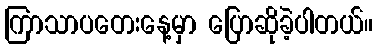
ကြာသာပတေးနေ့မှာ ပြောဆိုခဲ့ပါတယ်။